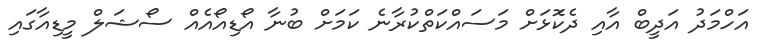
އަހްމަދު އަދީބް އާއި ދެކޮަޅަށް މަސައްކަތްކުރާނެ ކަމަށް ބުނާ އޯޑިއޯއެއް ސޯޝަލް މީޑިއާގައި